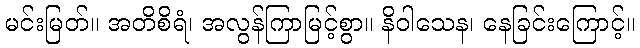
မင်းမြတ်။ အတိစိရံ၊ အလွန်ကြာမြင့်စွာ။ နိဝါသေန၊ နေခြင်းကြောင့်။